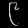
Digit: ၉